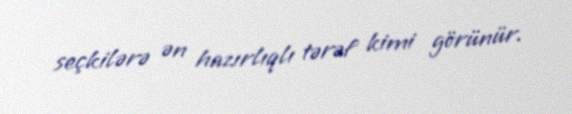
seçkilərə ən hazırlıqlı tərəf kimi görünür.